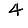
Digit: 4